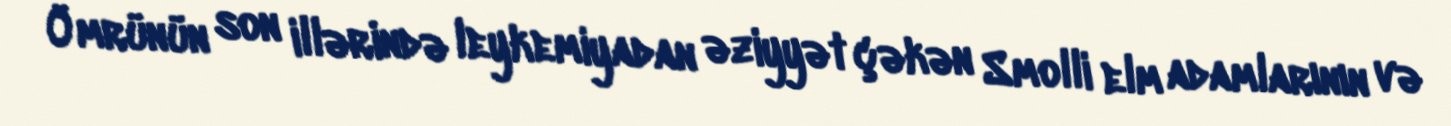
Ömrünün son illərində leykemiyadan əziyyət çəkən Smolli elm adamlarının və